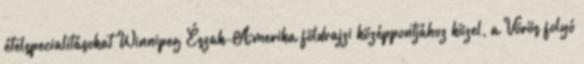
ételspecialitásokat Winnipeg Észak-Amerika földrajzi középpontjához közel, a Vörös folyó